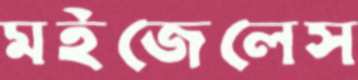
মইজেলেস